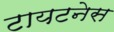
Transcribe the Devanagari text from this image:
टायटनेस